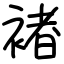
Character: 褚